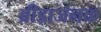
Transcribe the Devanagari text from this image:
ब्रीडाजनक